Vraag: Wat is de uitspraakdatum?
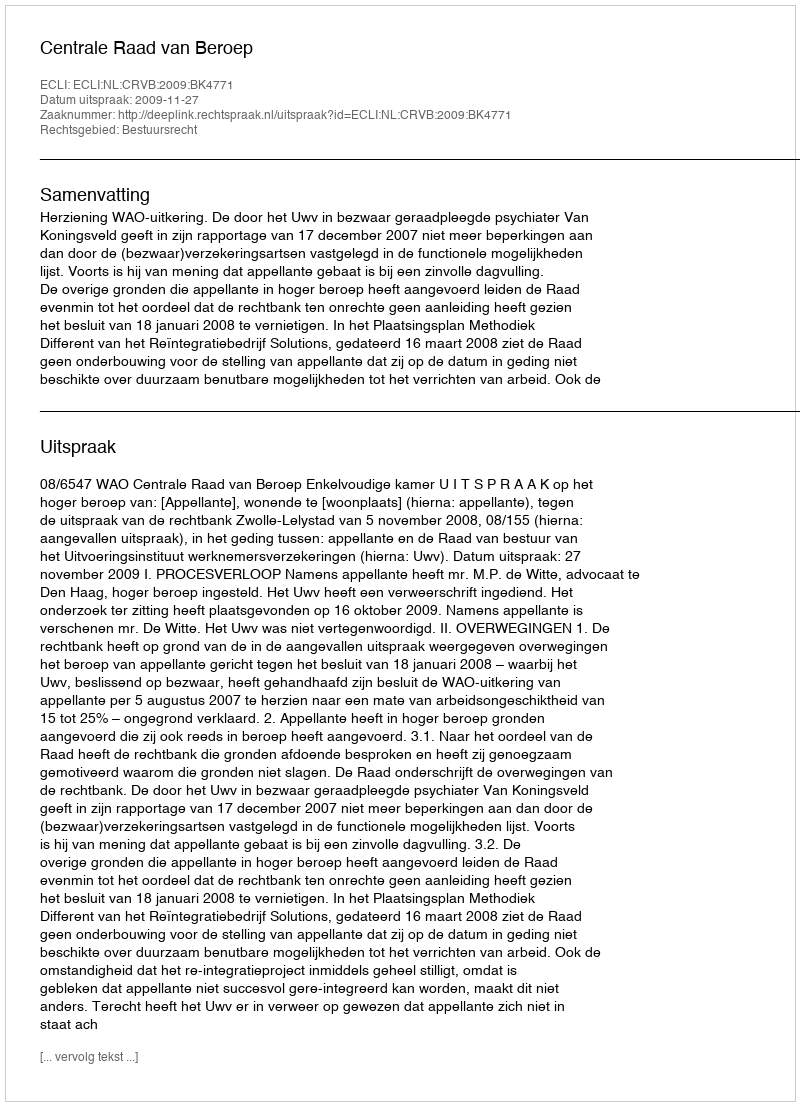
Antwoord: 2009-11-27